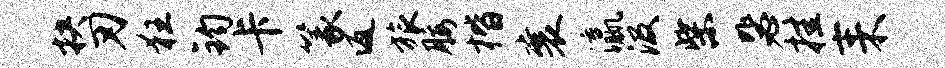
抉刃狂钧卡篆返旅腰楷襄瀛汲柴毖挂耒